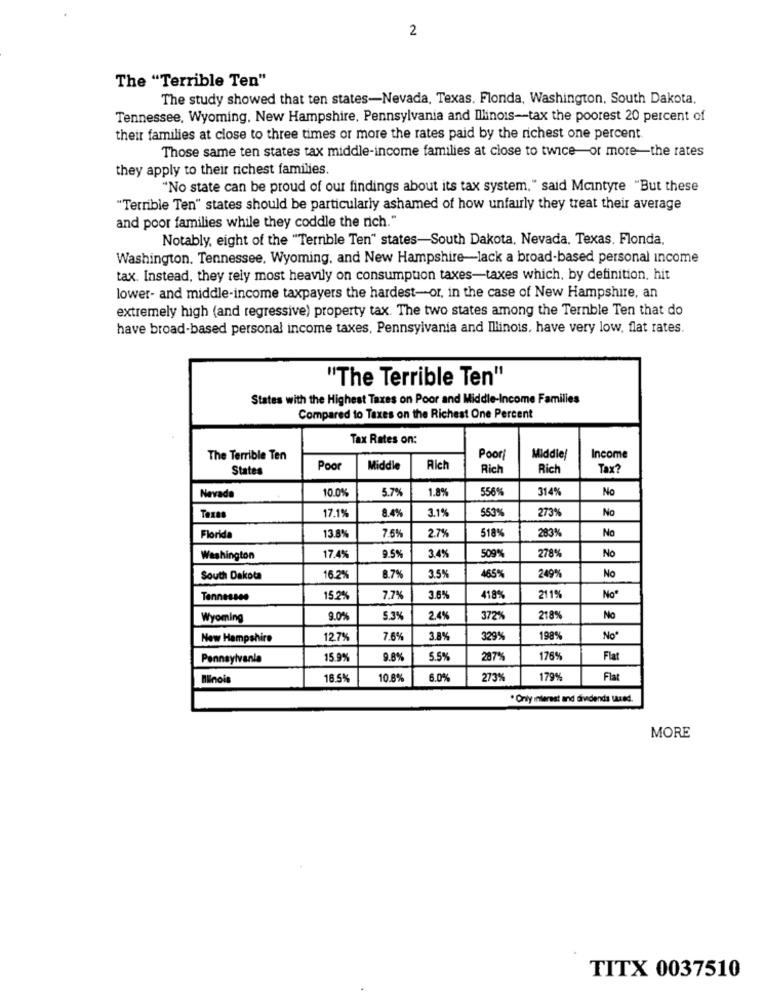
2
The "Terrible Ten"
The study showed that ten states-Nevada, Texas. Florida, Washington, South Dakota,
Tennessee, Wyoming. New Hampshire, Pennsylvania and Illinois-tax the poorest 20 percent of
their families at close to three times or more the rates paid by the richest one percent.
Those same ten states tax middle-income families at close to twice-or more the rates
they apply to their richest families.
"No state can be proud of our findings about its tax system," said Mcintyre "But these
"Terrible Ten" states should be particularly ashamed of how unfairly they treat their average
and poor families while they coddle the rich."
Notably, eight of the "Ternble Ten" states-South Dakota, Nevada. Texas. Flonda,
Washington. Tennessee. Wyoming, and New Hampshire-lack a broad-based personal income
tax. Instead, they rely most heavily on consumption taxes-taxes which, by definition, hit
lower- and middle-income taxpayers the hardest-or, in the case of New Hampshire, an
extremely high (and regressive) property tax. The two states among the Ternble Ten that do
have broad-based personal income taxes, Pennsylvania and Illinois, have very low, flat rates.
"The Terrible Ten"
States with the Highest Taxes on Poor and Middle-Income Families
Compared to Taxes on the Richest One Percent
Tax Rates on:
The Terrible Ten
Poor!
Middle!
Income
States
Poor
Middle
Riet
Rich
Rich
Tax?
Nevada
10.0%
5.7%
1.8%
556%
3149
No
17.1%
8.4%
3.1%
553%
273%
No
Texas
13.8%
7.6%
2.79
518%
283%
No
Florida
17.4%
9.5%
3.4%
509
No
Washington
278%
South Dakota
16.2%
8.7%
3.5%
465%
249%
No
Tennessee
15.2%
7,7%
3.6%
4189
211%
No*
Wyoming
9.0%
5.3%
2.45
3729
218%
No
New Hampshire
12.7%
7.6%
3.8%
329%
198%
Noº
Pennsylvania
15.9%
9.8%
5.5%
287
176%
Flat
Ilinois
18 5%
10.8%
6.0%
273%
179%
Flat
* Only interest and dividends uted.
MORE
TITX 0037510